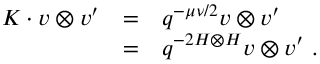
\begin{array} { r c l } { { { \cal K } \cdot v \otimes v ^ { \prime } } } & { { = } } & { { q ^ { - \mu \nu / 2 } v \otimes v ^ { \prime } } } \\ { { } } & { { = } } & { { q ^ { - 2 H \otimes H } v \otimes v ^ { \prime } ~ . } } \end{array}